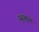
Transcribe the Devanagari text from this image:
म्युच्युएल